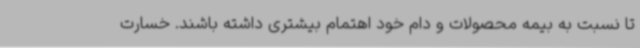
تا نسبت به بیمه محصولات و دام خود اهتمام بیشتری داشته باشند. خسارت